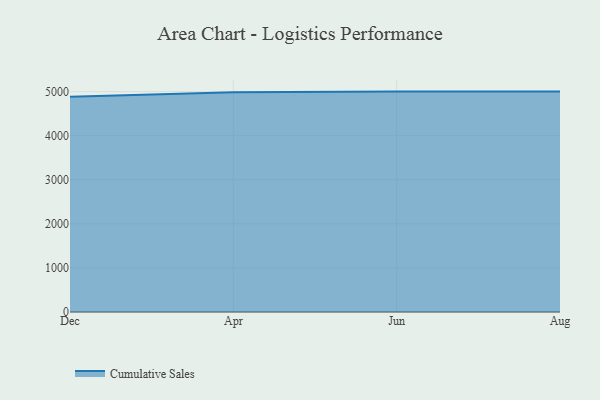
{"axis": {"x": "Month", "y": "Shipments"}, "legend": ["Cumulative Sales"], "data": [{"x": "Dec", "y": 4882.1, "type": "Cumulative Sales"}, {"x": "Apr", "y": 4987.9, "type": "Cumulative Sales"}, {"x": "Jun", "y": 5000, "type": "Cumulative Sales"}, {"x": "Aug", "y": 5000, "type": "Cumulative Sales"}]}